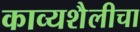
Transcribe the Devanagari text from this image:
काव्यशैलीचा